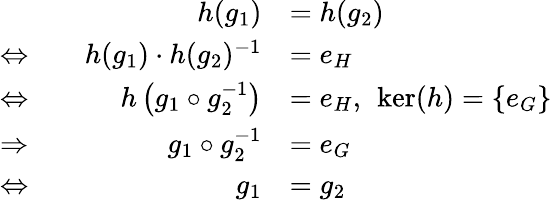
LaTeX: {\begin{array}{rlrl}&{}&{h(g_{1})}&{=h(g_{2})}\\ {\Leftrightarrow}&{}&{h(g_{1})\cdot h(g_{2})^{-1}}&{=e_{H}}\\ {\Leftrightarrow}&{}&{h\left(g_{1}\circ g_{2}^{-1}\right)}&{=e_{H},\ \ker(h)=\{ e_{G}\} }\\ {\Rightarrow}&{}&{g_{1}\circ g_{2}^{-1}}&{=e_{G}}\\ {\Leftrightarrow}&{}&{g_{1}}&{=g_{2}}\end{array}}